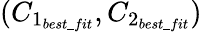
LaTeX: (C_{1_{best\_ fit}},C_{2_{best\_ fit}})